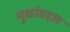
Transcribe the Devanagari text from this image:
मुद्यांबद्दल